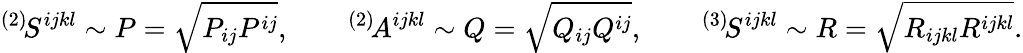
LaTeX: {}^{(2)}\! S^{ijkl}\sim P=\sqrt{P_{ij}P^{ij}},\qquad{}^{(2)}\! A^{ijkl}\sim Q=\sqrt{Q_{ij}Q^{ij}},\qquad{}^{(3)}\! S^{ijkl}\sim R=\sqrt{R_{ijkl}R^{ijkl}}.